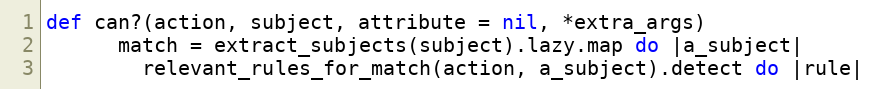
Language: Ruby
def can?(action, subject, attribute = nil, *extra_args)
      match = extract_subjects(subject).lazy.map do |a_subject|
        relevant_rules_for_match(action, a_subject).detect do |rule|